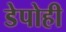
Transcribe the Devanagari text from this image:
डेपोही